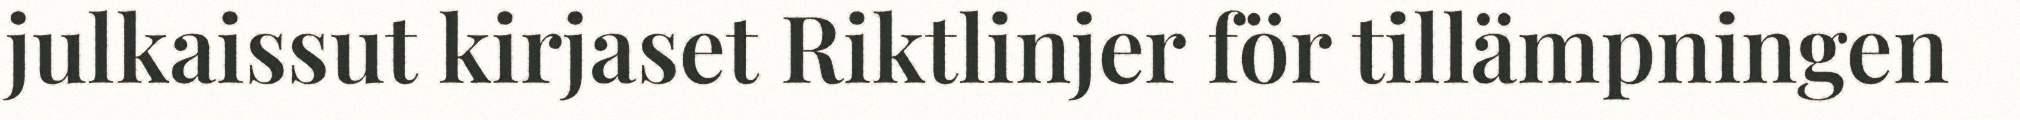
julkaissut kirjaset Riktlinjer för tillämpningen